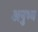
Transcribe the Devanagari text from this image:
अनुभ्व